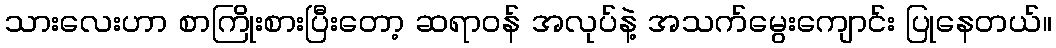
သားလေးဟာ စာကြိုးစားပြီးတော့ ဆရာဝန် အလုပ်နဲ့ အသက်မွေးကျောင်း ပြုနေတယ်။